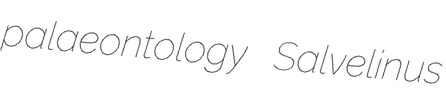
palaeontology Salvelinus